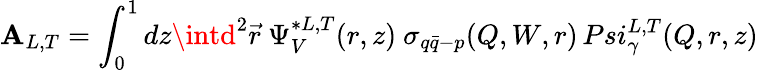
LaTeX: \mathbf{A}_{L,T}=\int_{0}^{1}dz\intd^{2}\vec{{r}}\ \Psi_{V}^{*L,T}(r,z)\ \sigma_{q\bar{{q}}-p}(Q,W,r)\, Psi_{\gamma}^{L,T}(Q,r,z)